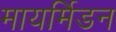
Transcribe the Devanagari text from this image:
मायर्मिडन